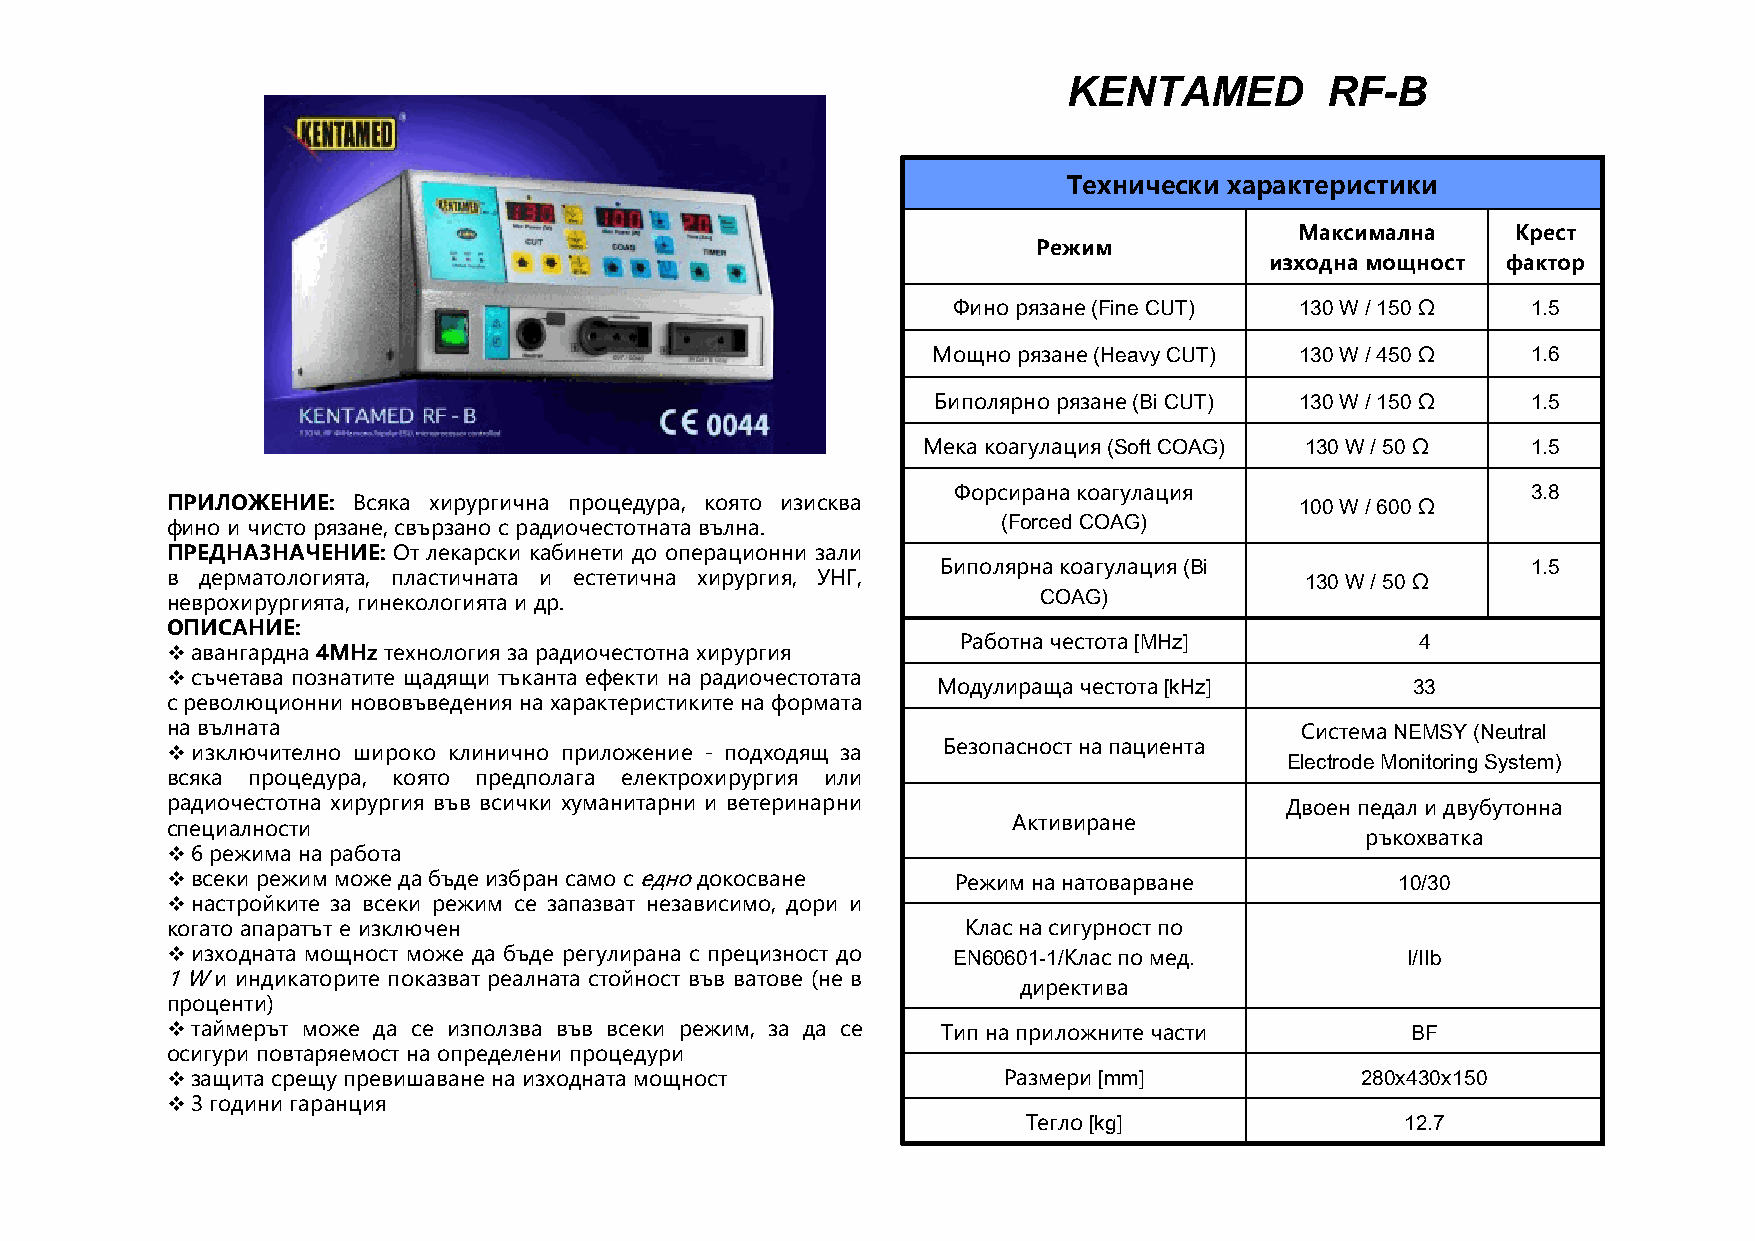
KENTAMED         RF-B
 Технически характеристики
 Максимална    Крест
 Режим
 изходнамощност  фактор
 Финорязане(Fine CUT)   130 W / 150 Ω  1.5
 Мощнорязане(Heavy CUT)  130 W / 450 Ω  1.6
 Биполярнорязане(Bi CUT) 130 W / 150 Ω  1.5
 Мекакоагулация(Soft COAG) 130 W / 50 Ω  1.5
 Форсиранакоагулация                   3.8
 ПРИЛОЖЕНИЕ: Всяка хирургична процедура, която изисква                      100 W / 600 Ω
 фино и чисто рязане, свързано с радиочестотната вълна.
 (Forced COAG)
 ПРЕДНАЗНАЧЕНИЕ: От лекарски кабинети до операционни зали
 Биполярнакоагулация(Bi                 1.5
 в дерматологията, пластичната и естетична хирургия, УНГ,                   130 W / 50 Ω
 неврохирургията, гинекологията и др.
 COAG)
 ОПИСАНИЕ:
 Работначестота[MHz]           4
  авангардна 4MHz технологиязарадиочестотнахирургия
  съчетава познатите щадящи тъканта ефекти на радиочестотата
 Модулиращачестота[kHz]         33
 с революционни нововъведения на характеристиките на формата
 навълната                                                                  СистемаNEMSY (Neutral
  изключително широко клинично приложение - подходящ за Безопасностнапациента
 Electrode Monitoring System)
 всяка процедура, която предполага електрохирургия или
 радиочестотна хирургия във всички хуманитарни и ветеринарни               Двоенпедалидвубутонна
 специалности                                            Активиране
 ръкохватка
  6 режима на работа
  всеки режим можедабъдеизбран само седнодокосване  Режимнанатоварване            10/30
  настройките за всеки режим се запазват независимо, дори и
 когато апаратът е изключен                           Класнасигурностпо
  изходната мощност може да бъде регулирана с прецизност до EN60601-1/Класпомед.  I/IIb
 1Wи  индикаторите показват реалната стойност във ватове (не в
 директива
 проценти)
  таймерът може да се използва във всеки режим, за да се Типнаприложнитечасти     BF
 осигури повтаряемост на определени процедури
  защита срещупревишаванена изходната мощност          Размери[mm]             280x430x150
  3 години гаранция
 Тегло[kg]                12.7